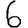
Digit: 6